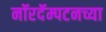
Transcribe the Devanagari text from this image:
नॉरदॅम्पटनच्या